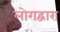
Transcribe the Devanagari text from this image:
लोगद्वारा